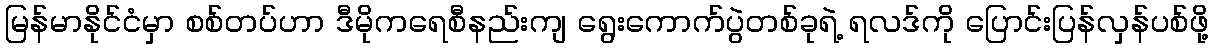
မြန်မာနိုင်ငံမှာ စစ်တပ်ဟာ ဒီမိုကရေစီနည်းကျ ရွေးကောက်ပွဲတစ်ခုရဲ့ ရလဒ်ကို ပြောင်းပြန်လှန်ပစ်ဖို့